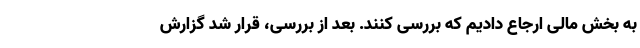
به بخش مالی ارجاع دادیم که بررسی کنند. بعد از بررسی، قرار شد گزارش